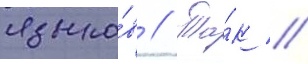
языко́в // Та́к /